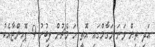
އަދި ތިން ވަނަ މަގާމްގައި އޮތީ ހަ މެޗުން ލިބުނު 9 ޕޮއިންޓާއެކު